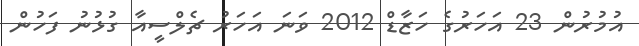
އުމުރުން 23 އަހަރުގެ ހަޒާޑް 2012 ވަނަ އަހަރު ޗެލްސީއާ ގުޅުނު ފަހުން